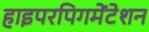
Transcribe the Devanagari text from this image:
हाइपरपिगमेंटेशन